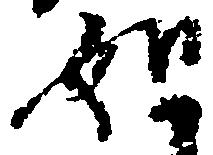
如